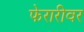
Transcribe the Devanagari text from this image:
फेरारीवर